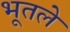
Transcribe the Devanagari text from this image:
भूतले